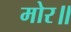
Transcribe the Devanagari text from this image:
मोर॥